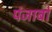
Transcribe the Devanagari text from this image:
पंजाबों